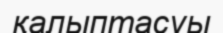
қалыптасуы